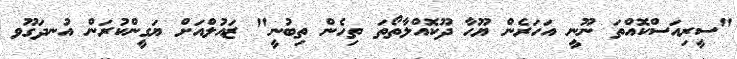
"ސީރިއަސްކޮއްތަ ނޫނީ އަހަރެން ޔޫހާ ދޫކޮއްލާތޯތަ ތިހެން ތިބުނީ" ޒައުލްއަށް ޔަގީންކުރަން އުނދަގޫވ